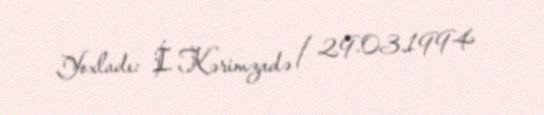
Yoxladı: İ. Kərimzadə / 29.03.1994